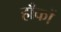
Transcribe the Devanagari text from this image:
हाँकों